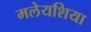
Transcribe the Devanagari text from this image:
मलेयशिया